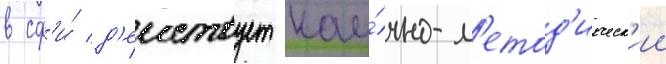
в сф'и́ д'еиствует нау́чно-м'етод'ическ'ии